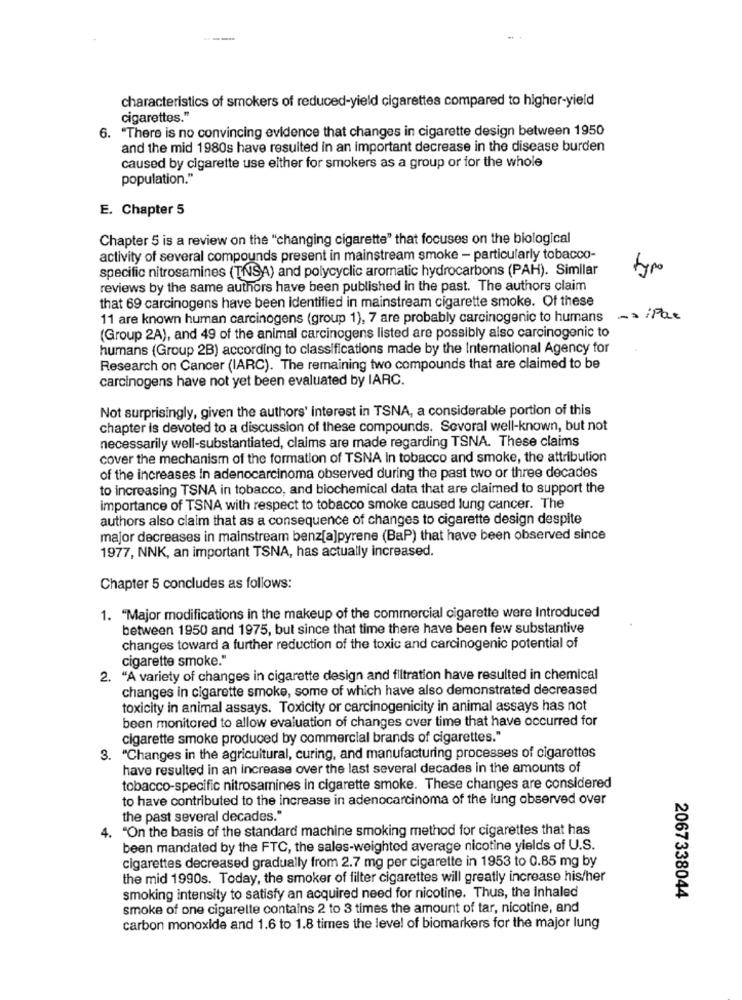
characteristics of smokers of reduced-yield cigarettes compared to higher-yield
cigarettes."
. "There is no convincing evidence that changes in cigarette design between 1950
and the mid 1980s have resulted in an important decrease in the disease burden
caused by cigarette use either for smokers as a group or for the whole
population."
E. Chapter 5
Chapter 5 is a review on the "changing cigarette" that focuses on the biological
activity of several compounds present in mainstream smoke - particularly tobacco-
specific nitrosamines (TNSA) and polycyclic aromatic hydrocarbons (PAH). Similar
reviews by the same authors have been published in the past. The authors claim
that 69 carcinogens have been identified in mainstream cigarette smoke. Of these
11 are known human carcinogens (group 1), 7 are probably carcinogenic to humans
-siPar
(Group 2A), and 49 of the animal carcinogens listed are possibly also carcinogenic to
humans (Group 2B) according to classifications made by the International Agency for
Research on Cancer (IARC). The remaining two compounds that are claimed to be
carcinogens have not yet been evaluated by IARC.
Not surprisingly, given the authors' Interest in TSNA, a considerable portion of this
chapter is devoted to a discussion of these compounds. Sevoral well-known, but not
necessarily well-substantiated, claims are made regarding TSNA. These claims
cover the mechanism of the formation of TSNA In tobacco and smoke, the attribution
of the increases in adenocarcinoma observed during the past two or three decades
to increasing TSNA in tobacco, and biochemical data that are claimed to support the
importance of TSNA with respect to tobacco smoke caused lung cancer. The
authors also claim that as a consequence of changes to cigarette design despite
major decreases in mainstream benz[a]pyrene (BaP) that have been observed since
1977, NNK, an important TSNA, has actually increased.
Chapter 5 concludes as follows:
1. "Major modifications in the makeup of the commercial cigarette were Introduced
between 1950 and 1975, but since that time there have been few substantive
changes toward a further reduction of the toxic and carcinogenic potential of
cigarette smoke."
2. "A variety of changes in cigarette design and filtration have resulted in chemical
changes in cigarette smoke, some of which have also demonstrated decreased
toxicity in animal assays. Toxicity or carcinogenicity in animal assays has not
been monitored to allow evaluation of changes over time that have occurred for
cigarette smoke produced by commercial brands of cigarettes."
3. "Changes in the agricultural, curing, and manufacturing processes of cigarettes
have resulted in an Increase over the last several decades in the amounts of
tobacco-specific nitrosamines in cigarette smoke. These changes are considered
to have contributed to the increase in adenocarcinoma of the lung observed over
the past several decades."
4. "On the basis of the standard machine smoking method for cigarettes that has
been mandated by the FTC, the sales-weighted average nicotine yields of U.S.
cigarettes decreased gradually from 2.7 mg per cigarette in 1953 to 0.85 mg by
the mid 1990s. Today, the smoker of filter cigarettes will greatly increase his/her
smoking intensity to satisfy an acquired need for nicotine. Thus, the inhaled
2067338044
smoke of one cigarette contains 2 to 3 times the amount of tar, nicotine, and
carbon monoxide and 1.6 to 1.8 times the level of biomarkers for the major lung